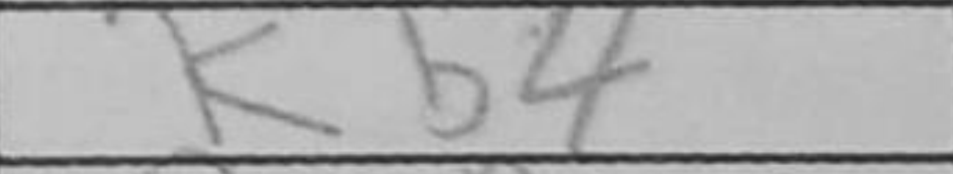
Transcription: Kb4